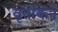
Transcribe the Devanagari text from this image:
वृतांकन